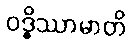
ဝဒ္ဓိဿာမာတိ